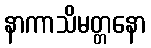
နာကာသိမတ္တနော